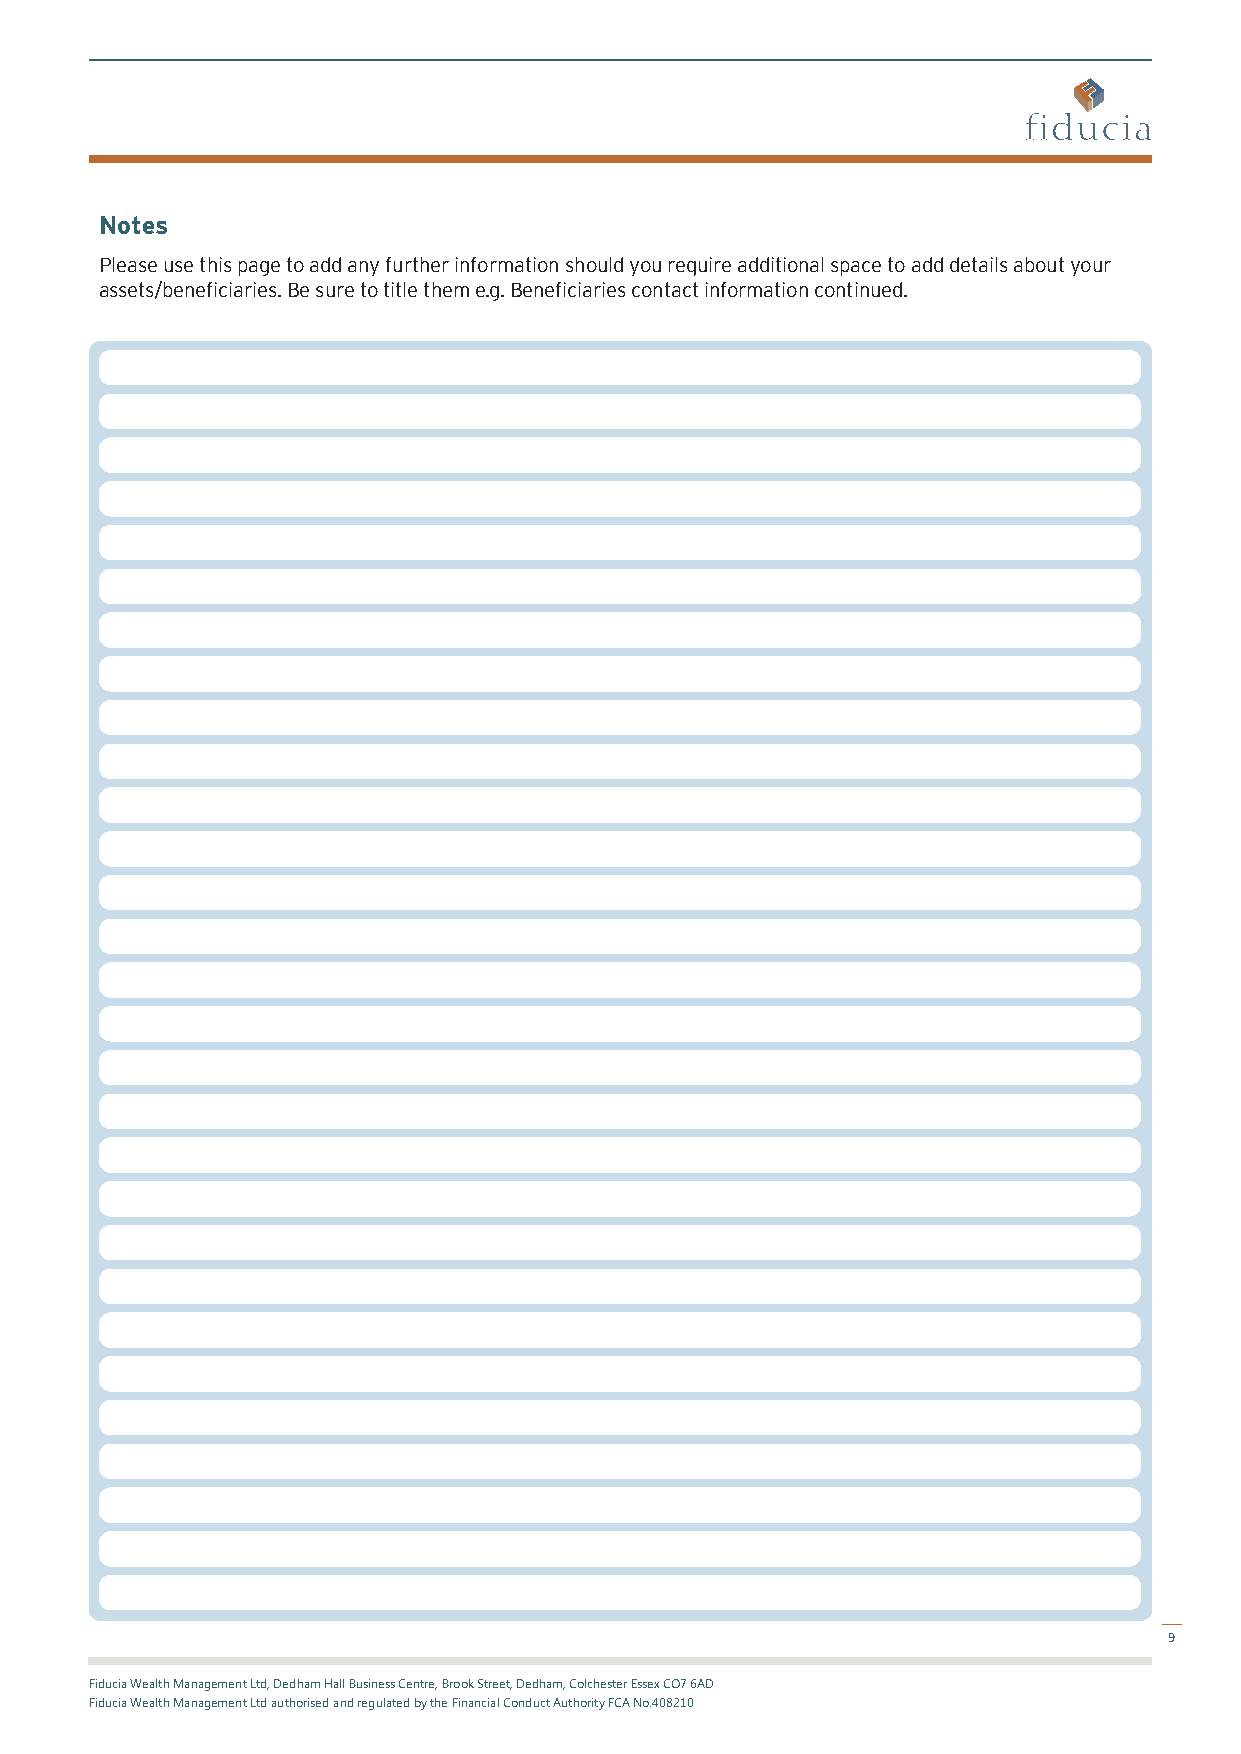
Notes
 Please use this page to add any further information should you require additional space to add details about your
 assets/beneficiaries. Be sure to title them e.g. Beneficiaries contact information continued.
 9
 Fiducia Wealth Management Ltd, Dedham Hall Business Centre, Brook Street, Dedham, Colchester Essex CO7 6AD
 Fiducia Wealth Management Ltd authorised and regulated by the Financial Conduct Authority FCA No.408210